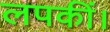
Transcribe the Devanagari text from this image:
लपकीं।